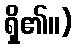
ရှိ၏။)